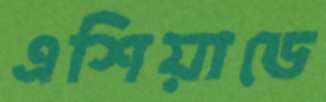
এশিয়াডে